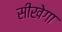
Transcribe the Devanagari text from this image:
सीखेगा